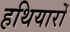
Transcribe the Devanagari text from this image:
हथियारोँ